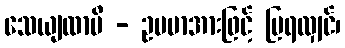
သေယျထာပိ - ဥပမာအားဖြင့် ပြရလျှင်၊